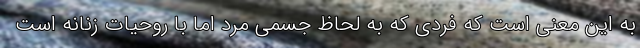
به این معنی است که فردی که به لحاظ جسمی مرد اما با روحیات زنانه است